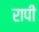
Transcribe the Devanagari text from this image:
रापी